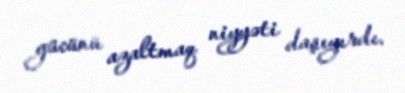
gücünü azaltmaq niyyəti daşıyırdı.